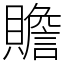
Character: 贍